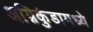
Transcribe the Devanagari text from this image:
अग्निकुंडामध्ये